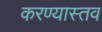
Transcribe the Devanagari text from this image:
करण्यास्तव